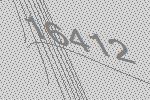
16412